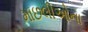
માછલીઓના